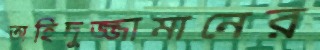
অহিদুজ্জামানের